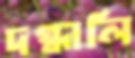
দগ্ধালি